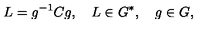
L = g ^ { - 1 } C g , \quad L \in G ^ { * } , \quad g \in G ,